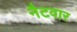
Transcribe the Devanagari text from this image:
नैटवार